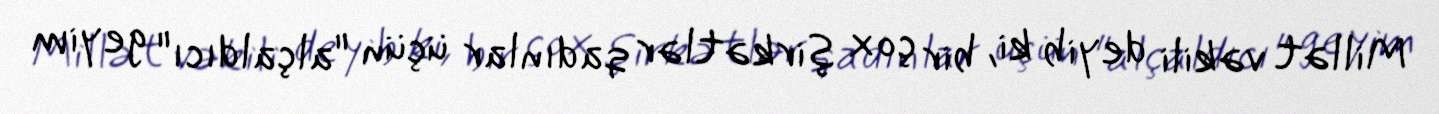
Millət vəkili deyib ki, bir çox şirkətlər qadınlar üçün "alçaldıcı" geyim